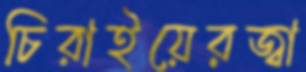
চিরাইয়েরজ্বা